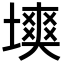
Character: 𡑽